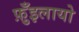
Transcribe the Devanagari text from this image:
फ़ुँइलायो